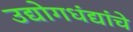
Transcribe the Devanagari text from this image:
उद्योगधंद्यांचे